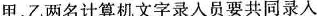
甲、乙两名计算机文字录人员要共同录入一份